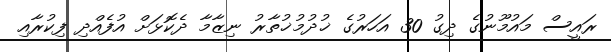
ރައީސް މައުމޫނުގެ ދިގު 30 އަހަރުގެ ޚުދުމުޚުތާރު ނިޒާމާ ދެކޮޅަށް އުފެއްދި ފިކުރާއި